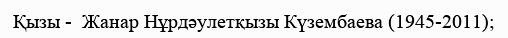
Қызы -  Жанар Нұрдәулетқызы Күзембаева (1945-2011);